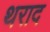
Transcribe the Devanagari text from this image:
थराद